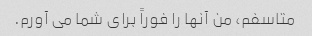
متاسفم، من آنها را فوراً برای شما می آورم.